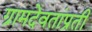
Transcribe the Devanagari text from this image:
ग्रामदेवतांप्रती